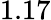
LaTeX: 1.17